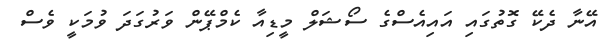
އޭނާ ދެކޭ ގޮތުގައި އައިއެސްގެ ސޯޝަލް މީޑިއާ ކެމްޕޭން ވަރުގަދަ ވުމަކީ ވެސް